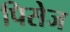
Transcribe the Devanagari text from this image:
पिसेज